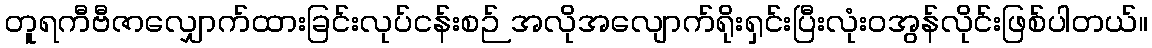
တူရကီဗီဇာလျှောက်ထားခြင်းလုပ်ငန်းစဉ် အလိုအလျောက်ရိုးရှင်းပြီးလုံးဝအွန်လိုင်းဖြစ်ပါတယ်။